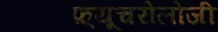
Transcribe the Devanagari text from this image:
फ़्यूचरोलोजी